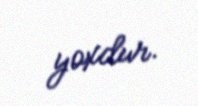
yoxdur.